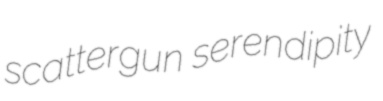
scattergun serendipity